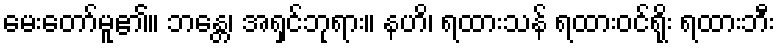
မေးတော်မူ၏။ ဘန္တေ၊ အရှင်ဘုရား။ နဟိ၊ ရထားသန် ရထားဝင်ရိုး ရထားဘီး